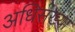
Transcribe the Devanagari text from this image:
अधिसंख्या